Document type: Sale
Year: 1430
Scribe: [Unknown]
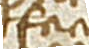
facio